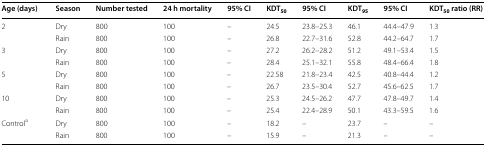
| Age (days) | Season | Number tested | 24 h mortality | 95% CI | KDT50 | 95% CI | KDT95 | 95% CI | KDT50 ratio (RR) |
 | --- | --- | --- | --- | --- | --- | --- | --- | --- | --- |
 | <ROWSPAN=2> 2 | Dry | 800 | 100 | – | 24.5 | 23.8–25.3 | 46.1 | 44.4–47.9 | 1.3 |
 | Rain | 800 | 100 | – | 26.8 | 22.7–31.6 | 52.8 | 44.2–64.7 | 1.7 |
 | <ROWSPAN=2> 3 | Dry | 800 | 100 | – | 27.2 | 26.2–28.2 | 51.2 | 49.1–53.4 | 1.5 |
 | Rain | 800 | 100 | – | 28.4 | 25.1–32.1 | 55.8 | 48.4–66.4 | 1.8 |
 | <ROWSPAN=2> 5 | Dry | 800 | 100 | – | 22.58 | 21.8–23.4 | 42.5 | 40.8–44.4 | 1.2 |
 | Rain | 800 | 100 | – | 26.7 | 23.5–30.4 | 52.7 | 45.6–62.5 | 1.7 |
 | <ROWSPAN=2> 10 | Dry | 800 | 100 | – | 25.3 | 24.5–26.2 | 47.7 | 47.8–49.7 | 1.4 |
 | Rain | 800 | 100 | – | 25.4 | 22.4–28.9 | 50.1 | 43.3–59.5 | 1.6 |
 | <ROWSPAN=2> Controla | Dry | 800 | 100 | – | 18.2 | – | 23.7 | – | – |
 | Rain | 800 | 100 | – | 15.9 | – | 21.3 | – | – |